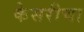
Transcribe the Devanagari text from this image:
केसरीचा